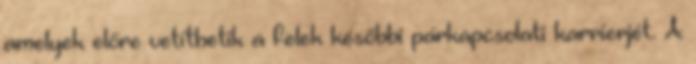
amelyek előre vetíthetik a felek későbbi párkapcsolati karrierjét. A